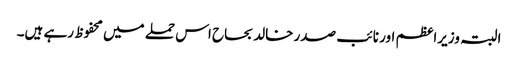
البتہ وزیراعظم اور نائب صدر خالد بحاح اس حملے میں محفوظ رہے ہیں۔